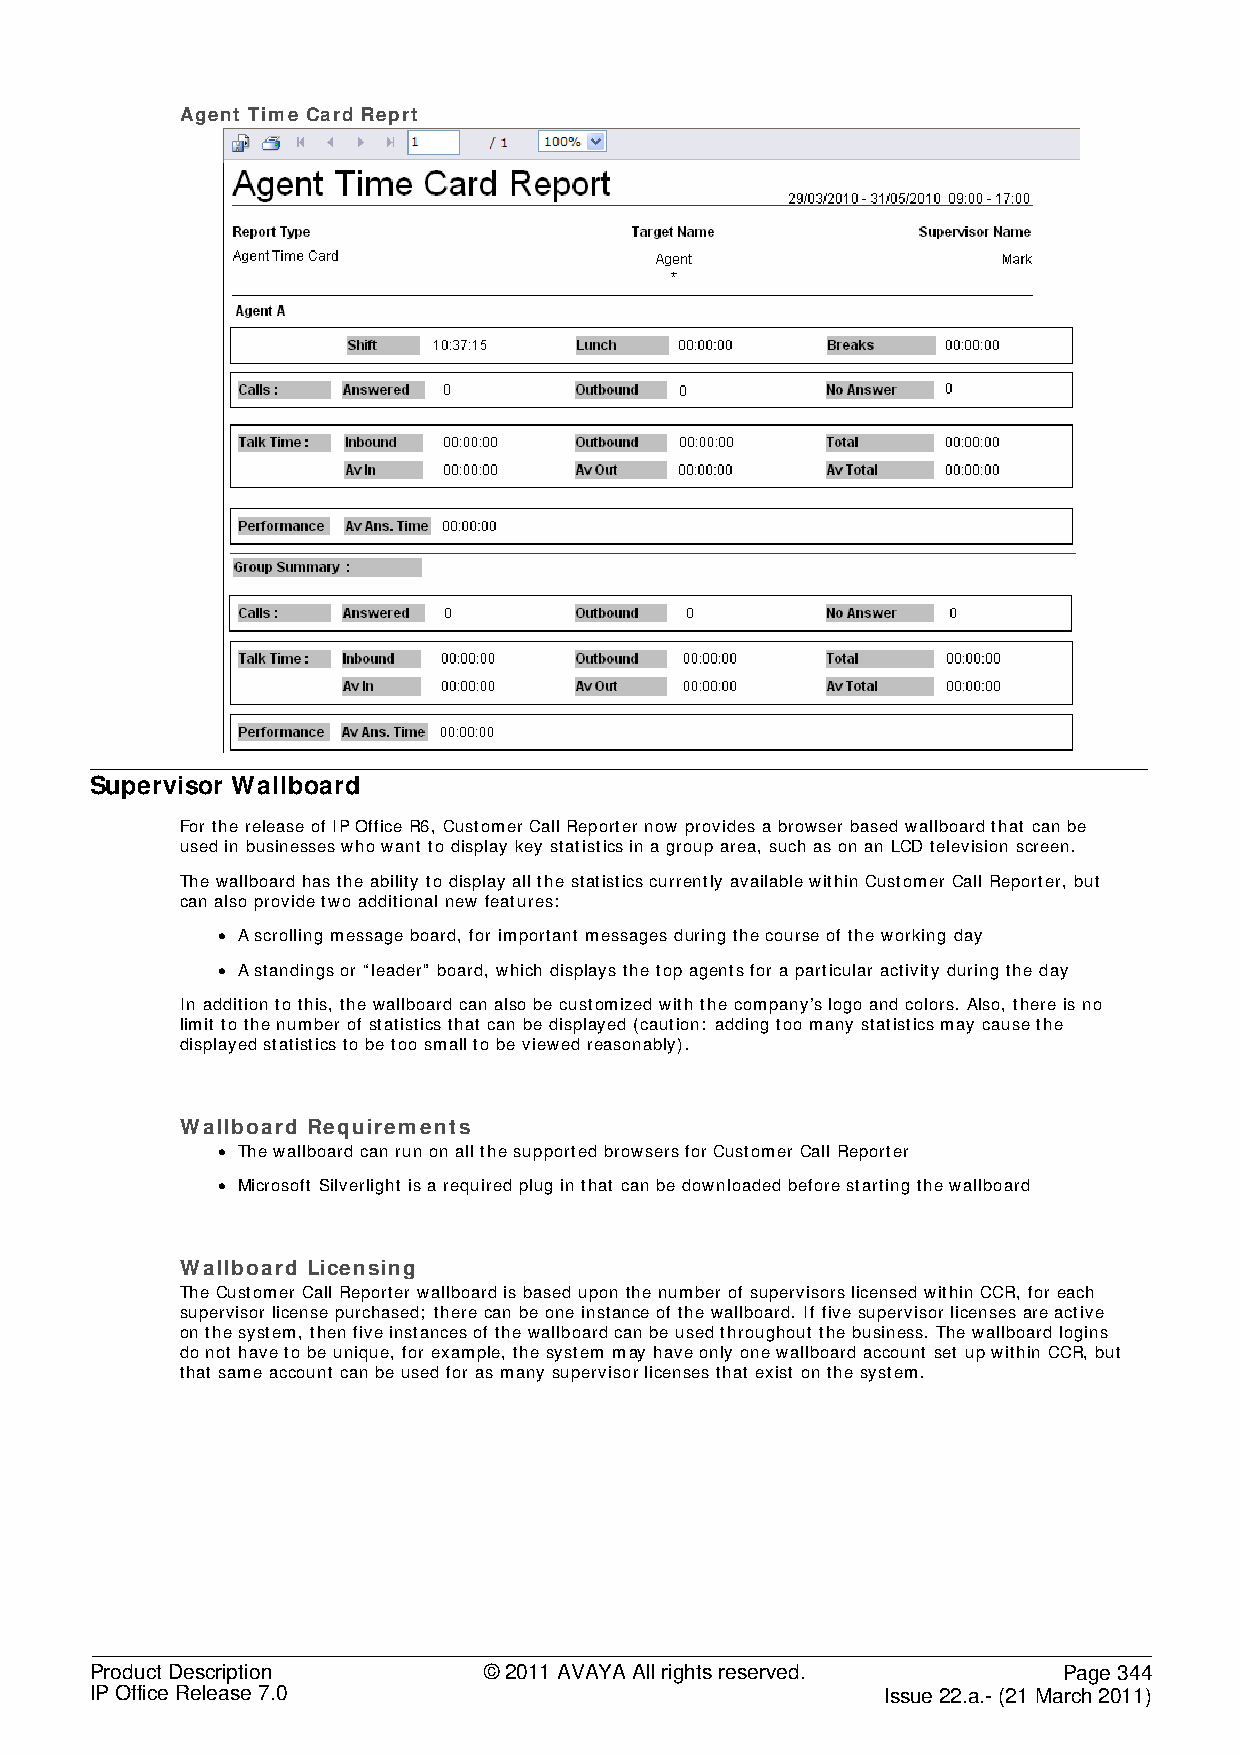
Agent Time Card Reprt
 Supervisor Wallboard
 For the release of IP Office R6, Customer Call Reporter now provides a browser based wallboard that can be
 used in businesses who want to display key statistics in a group area, such as on an LCD television screen.
 The wallboard has the ability to display all the statistics currently available within Customer Call Reporter, but
 can also provide two additional new features:
 • A scrolling message board, for important messages during the course of the working day
 • A standings or “leader” board, which displays the top agents for a particular activity during the day
 In addition to this, the wallboard can also be customized with the company’s logo and colors. Also, there is no
 limit to the number of statistics that can be displayed (caution: adding too many statistics may cause the
 displayed statistics to be too small to be viewed reasonably).
 Wallboard Requirements
 • The wallboard can run on all the supported browsers for Customer Call Reporter
 • Microsoft Silverlight is a required plug in that can be downloaded before starting the wallboard
 Wallboard Licensing
 The Customer Call Reporter wallboard is based upon the number of supervisors licensed within CCR, for each
 supervisor license purchased; there can be one instance of the wallboard. If five supervisor licenses are active
 on the system, then five instances of the wallboard can be used throughout the business. The wallboard logins
 do not have to be unique, for example, the system may have only one wallboard account set up within CCR, but
 that same account can be used for as many supervisor licenses that exist on the system.
 Product Description       © 2011 AVAYA All rights reserved.     Page 344
 IP Office Release 7.0                                Issue 22.a.- (21 March 2011)